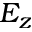
E _ { z }